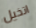
اتخيل